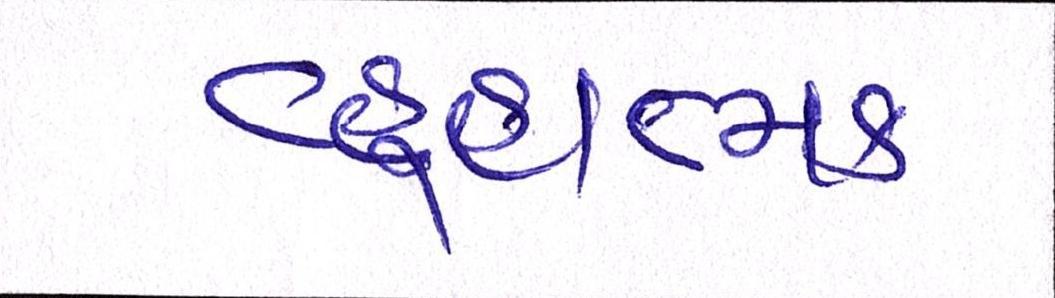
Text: વ્યૂહાત્મક